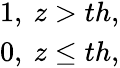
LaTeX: \begin{array}{r}{1,\ z>th,}\\ {0,\ z\leq th,}\end{array}